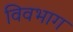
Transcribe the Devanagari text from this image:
विवभाग